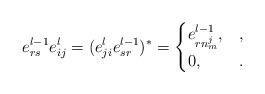
LaTeX: \begin{align*} e_{rs}^{l-1}e_{ij}^l = (e_{ji}^le_{sr}^{l-1})^* = \begin{cases} e_{rn_m^j}^{l-1}, &,\\ 0, &. \end{cases}\end{align*}